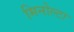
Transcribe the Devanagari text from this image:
मिनोल्टा